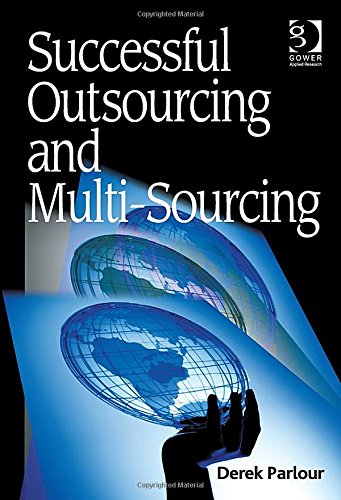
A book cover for Successful Outsourcing and Multi-Sourcing; Derek Parlour; Business & Money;